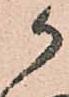
か